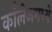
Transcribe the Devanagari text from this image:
काँलेजमध्ये